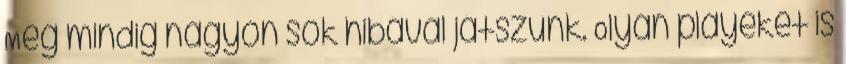
Még mindig nagyon sok hibával játszunk. Olyan playeket is